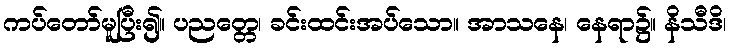
ကပ်တော်မူပြီး၍။ ပညတ္တေ၊ ခင်းထင်းအပ်သော။ အာသနေ၊ နေရာ၌။ နိသီဒိ၊